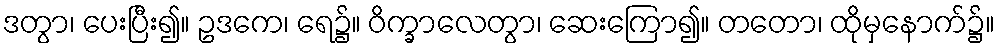
ဒတွာ၊ ပေးပြီး၍။ ဥဒကေ၊ ရေ၌။ ဝိက္ခာလေတွာ၊ ဆေးကြော၍။ တတော၊ ထိုမှနောက်၌။